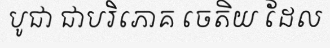
បូជា ជាបរិភោគ ចេតិយ ដែល